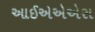
આઈએએએસ